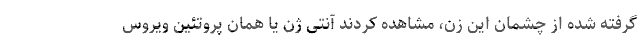
گرفته شده از چشمان این زن، مشاهده کردند آنتی ژن یا همان پروتئین ویروس